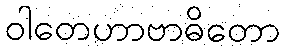
ဝါတေဟာဗာဓိတော